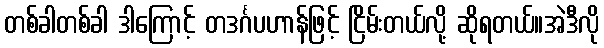
တစ်ခါတစ်ခါ ဒါကြောင့် တဒင်္ဂပဟာန်ဖြင့် ငြိမ်းတယ်လို့ ဆိုရတယ်။အဲဒီလို